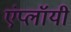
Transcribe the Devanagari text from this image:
एंप्लॉयी